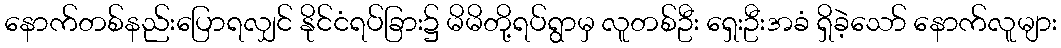
နောက်တစ်နည်းပြောရလျှင် နိုင်ငံရပ်ခြား၌ မိမိတို့ရပ်ရွာမှ လူတစ်ဦး ရှေးဦးအခံ ရှိခဲ့သော် နောက်လူများ